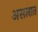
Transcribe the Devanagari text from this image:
असलात